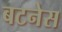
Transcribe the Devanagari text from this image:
बटनेस